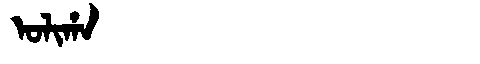
Manchu: ᠣᠯᡳᡥᠠ
Romanization: OLIHA